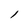
Character: l